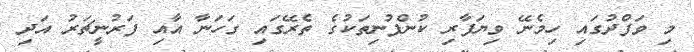
މި ވަފްދުގައި ހިމެނޭ ވިޔަފާރި ކުންފުނިތަކުގެ ތެރޭގައި ގަހަނާ އާއި ފަރުނީޗަރު އަދި